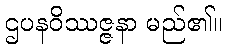
ဌပနဝိဿဇ္ဇနာ မည်၏။